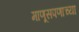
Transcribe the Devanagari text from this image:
माणूसपणाच्या